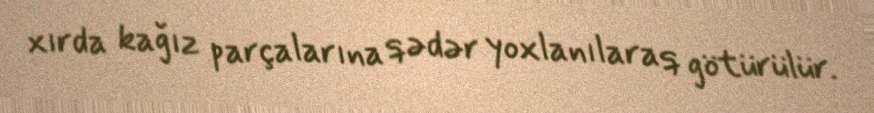
xırda kağız parçalarına qədər yoxlanılaraq götürülür.